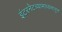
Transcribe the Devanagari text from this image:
इंटरनेटच्यामाध्यमातून